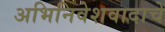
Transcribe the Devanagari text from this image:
अभिनिवेशवादाचे